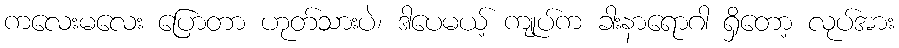
ကလေးမလေး ပြောတာ ဟုတ်သားပဲ၊ ဒါပေမယ့် ကျုပ်က ခါးနာရောဂါ ရှိတော့ လုပ်အား